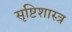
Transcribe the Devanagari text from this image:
सृष्टिशास्त्र